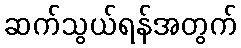
ဆက်သွယ်ရန်အတွက်